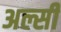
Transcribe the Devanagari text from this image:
अल्सी